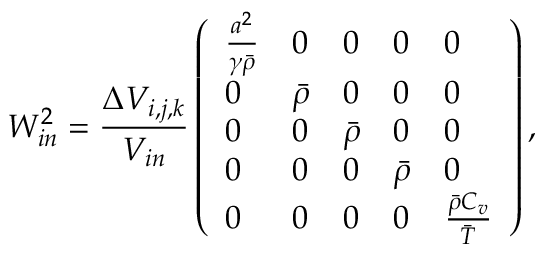
W _ { i n } ^ { 2 } = \frac { \Delta V _ { i , j , k } } { V _ { i n } } \left( \begin{array} { l l l l l } { \frac { a ^ { 2 } } { \gamma \bar { \rho } } } & { 0 } & { 0 } & { 0 } & { 0 } \\ { 0 } & { \bar { \rho } } & { 0 } & { 0 } & { 0 } \\ { 0 } & { 0 } & { \bar { \rho } } & { 0 } & { 0 } \\ { 0 } & { 0 } & { 0 } & { \bar { \rho } } & { 0 } \\ { 0 } & { 0 } & { 0 } & { 0 } & { \frac { \bar { \rho } C _ { v } } { \bar { T } } } \end{array} \right) ,